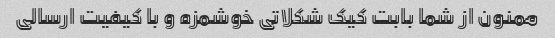
ممنون از شما بابت کیک شکلاتی خوشمزه و با کیفیت ارسالی